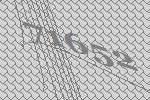
71652